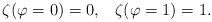
LaTeX: \begin{align*}\zeta(\varphi=0) = 0, \;\;\; \zeta(\varphi=1) = 1.\end{align*}